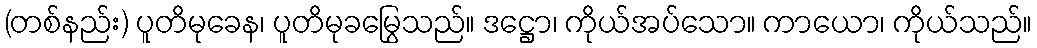
(တစ်နည်း) ပူတိမုခေန၊ ပူတိမုခမြွေသည်။ ဒဋ္ဌော၊ ကိုယ်အပ်သော။ ကာယော၊ ကိုယ်သည်။